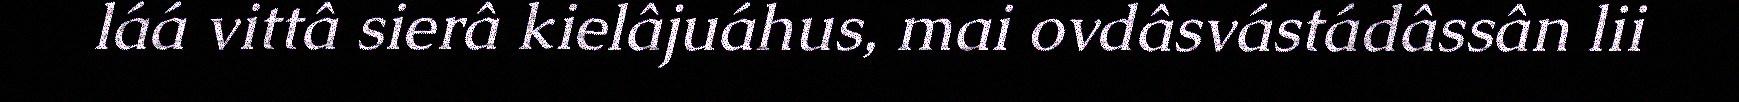
láá vittâ sierâ kielâjuáhus, mai ovdâsvástádâssân lii